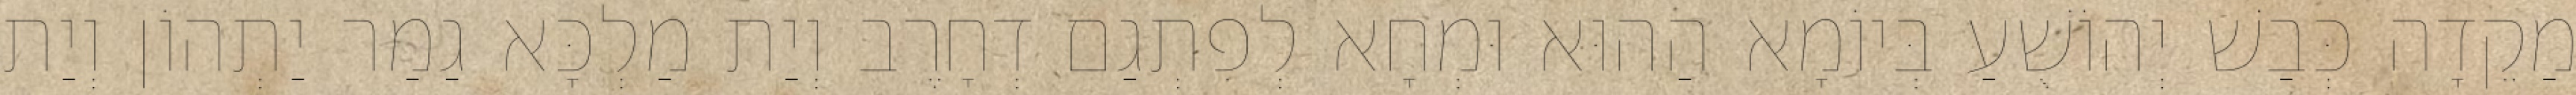
מַקֵדָה כְּבַשׁ יְהוֹשֻׁעַ בְּיוֹמָא הַהוּא וּמְחָא לְפִתְגַם דְחָרֶב וְיַת מַלְכָּא גַמַר יַתְהוֹן וְיַת